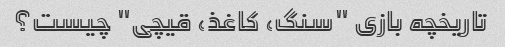
تاریخچه بازی "سنگ، کاغذ، قیچی" چیست؟